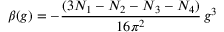
\beta ( g ) = - \frac { ( 3 N _ { 1 } - N _ { 2 } - N _ { 3 } - N _ { 4 } ) } { 1 6 \pi ^ { 2 } } \, g ^ { 3 }